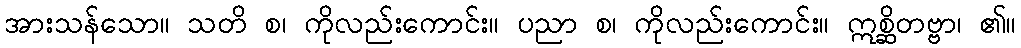
အားသန်သော။ သတိ စ၊ ကိုလည်းကောင်း။ ပညာ စ၊ ကိုလည်းကောင်း။ ဣစ္ဆိတဗ္ဗာ၊ ၏။